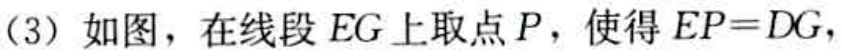
(3) 如图，在线段 \(EG\) 上取点 \(P\)，使得 \(EP = DG\)，